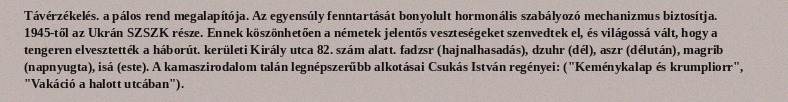
Távérzékelés. a pálos rend megalapítója. Az egyensúly fenntartását bonyolult hormonális szabályozó mechanizmus biztosítja. 1945-től az Ukrán SZSZK része. Ennek köszönhetően a németek jelentős veszteségeket szenvedtek el, és világossá vált, hogy a tengeren elvesztették a háborút. kerületi Király utca 82. szám alatt. fadzsr (hajnalhasadás), dzuhr (dél), aszr (délután), magrib (napnyugta), isá (este). A kamaszirodalom talán legnépszerűbb alkotásai Csukás István regényei: ("Keménykalap és krumpliorr", "Vakáció a halott utcában").